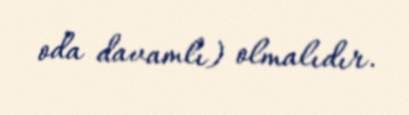
oda davamlı) olmalıdır.